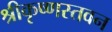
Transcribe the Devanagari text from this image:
श्रीकृष्णस्तवन